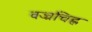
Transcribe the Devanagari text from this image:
वज्रचिह्न